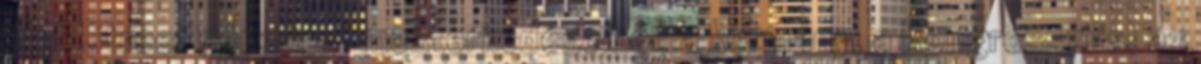
Wall Street pénzügyi mesterkedéseiből, a kormány, a Kongresszus, az